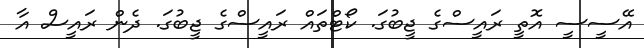
އޭސީސީ އޮތީ ރައީސްގެ ޖީބުގަ. ކޯޓްތައް ރައީސްގެ ޖީބުގަ. ދެން ރައީސް އާ